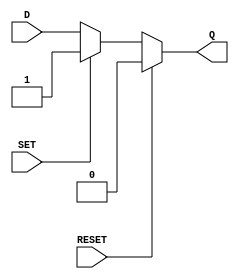
module async_register (
    input wire D,         // Data input
    input wire SET,       // Asynchronous Set
    input wire RESET,     // Asynchronous Reset
    output reg Q          // Output
);

// Always block to handle asynchronous behavior
always @(*) begin
    if (RESET) begin
        Q = 1'b0;          // When RESET is asserted, Q is set to 0
    end else if (SET) begin
        Q = 1'b1;          // When SET is asserted, Q is set to 1
    end else begin
        Q = D;             // Otherwise, Q follows the input D
    end
end

endmodule